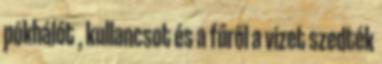
pókhálót , kullancsot és a fűről a vizet szedték